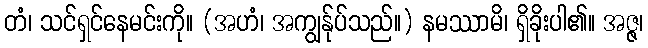
တံ၊ သင်ရှင်နေမင်းကို။ (အဟံ၊ အကျွန်ုပ်သည်။) နမဿာမိ၊ ရှိခိုးပါ၏။ အဇ္ဇ၊